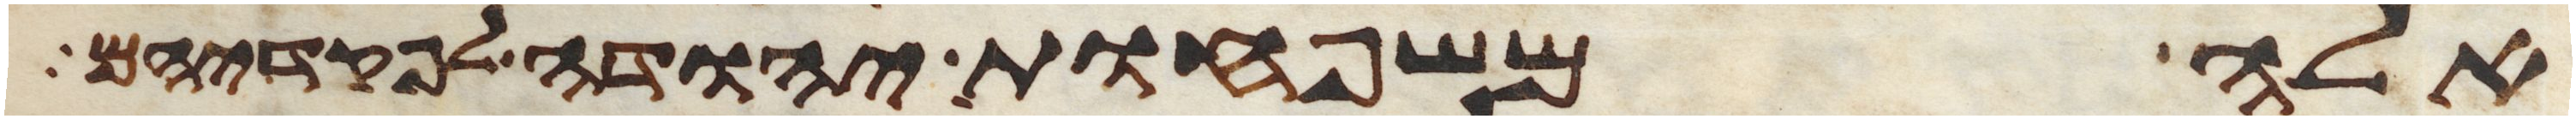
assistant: אלה משפחות יהודה לפקדיהם